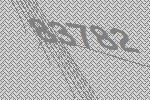
83782